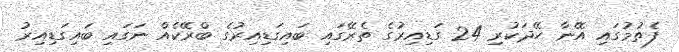
ފެތުމުގައި އޭނާ ހޭދަކުރި 24 ގަޑިއިރުގެ ތެރޭގައި ބައިގަޑިއިރުގެ ބްރޭކެއް ނަގައި ބައިގަޑިއިރު